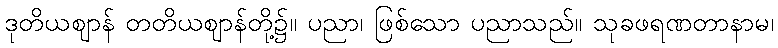
ဒုတိယဈာန် တတိယဈာန်တို့၌။ ပညာ၊ ဖြစ်သော ပညာသည်။ သုခဖရဏတာနာမ၊